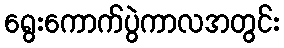
ရွေးကောက်ပွဲကာလအတွင်း